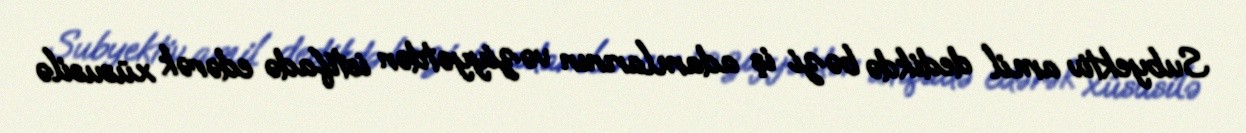
Subyektiv amil dedikdə bəzi iş adamlarının vəziyyətdən istifadə edərək xüsusilə